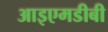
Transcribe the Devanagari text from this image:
आइएमडीबी